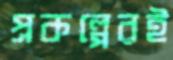
প্রকল্পেরই